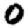
Digit: 0